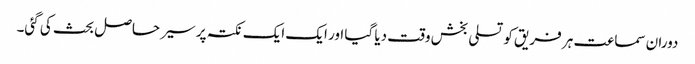
دوران سماعت ہر فریق کو تسلی بخش وقت دیا گیا اور ایک ایک نکتہ پر سیر حاصل بحث کی گئی۔